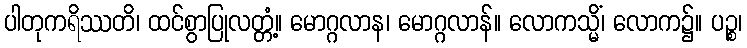
ပါတုကရိဿတိ၊ ထင်စွာပြုလတ္တံ့။ မောဂ္ဂလာန၊ မောဂ္ဂလာန်။ လောကသ္မိံ၊ လောက၌။ ပဉ္စ၊